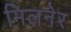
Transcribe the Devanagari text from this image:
मिलनेर